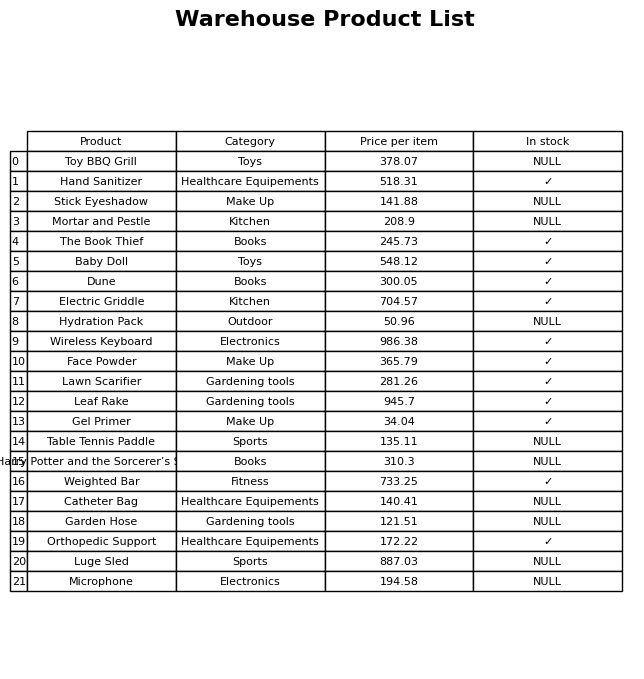
question: What is the price of the Mortar and Pestle?
answer: The price of Mortar and Pestle is 208.9.